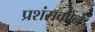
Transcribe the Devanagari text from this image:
प्रशंसकोंने